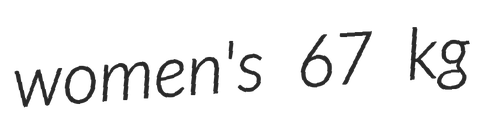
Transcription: women's 67 kg